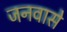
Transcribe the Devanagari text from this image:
जनवासे